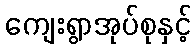
ကျေးရွာအုပ်စုနှင့်